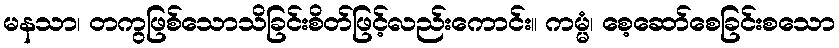
မနသာ၊ တကွဖြစ်သောသိခြင်းစိတ်ဖြင့်လည်းကောင်း။ ကမ္မံ၊ စေ့ဆော်စေခြင်းစသော